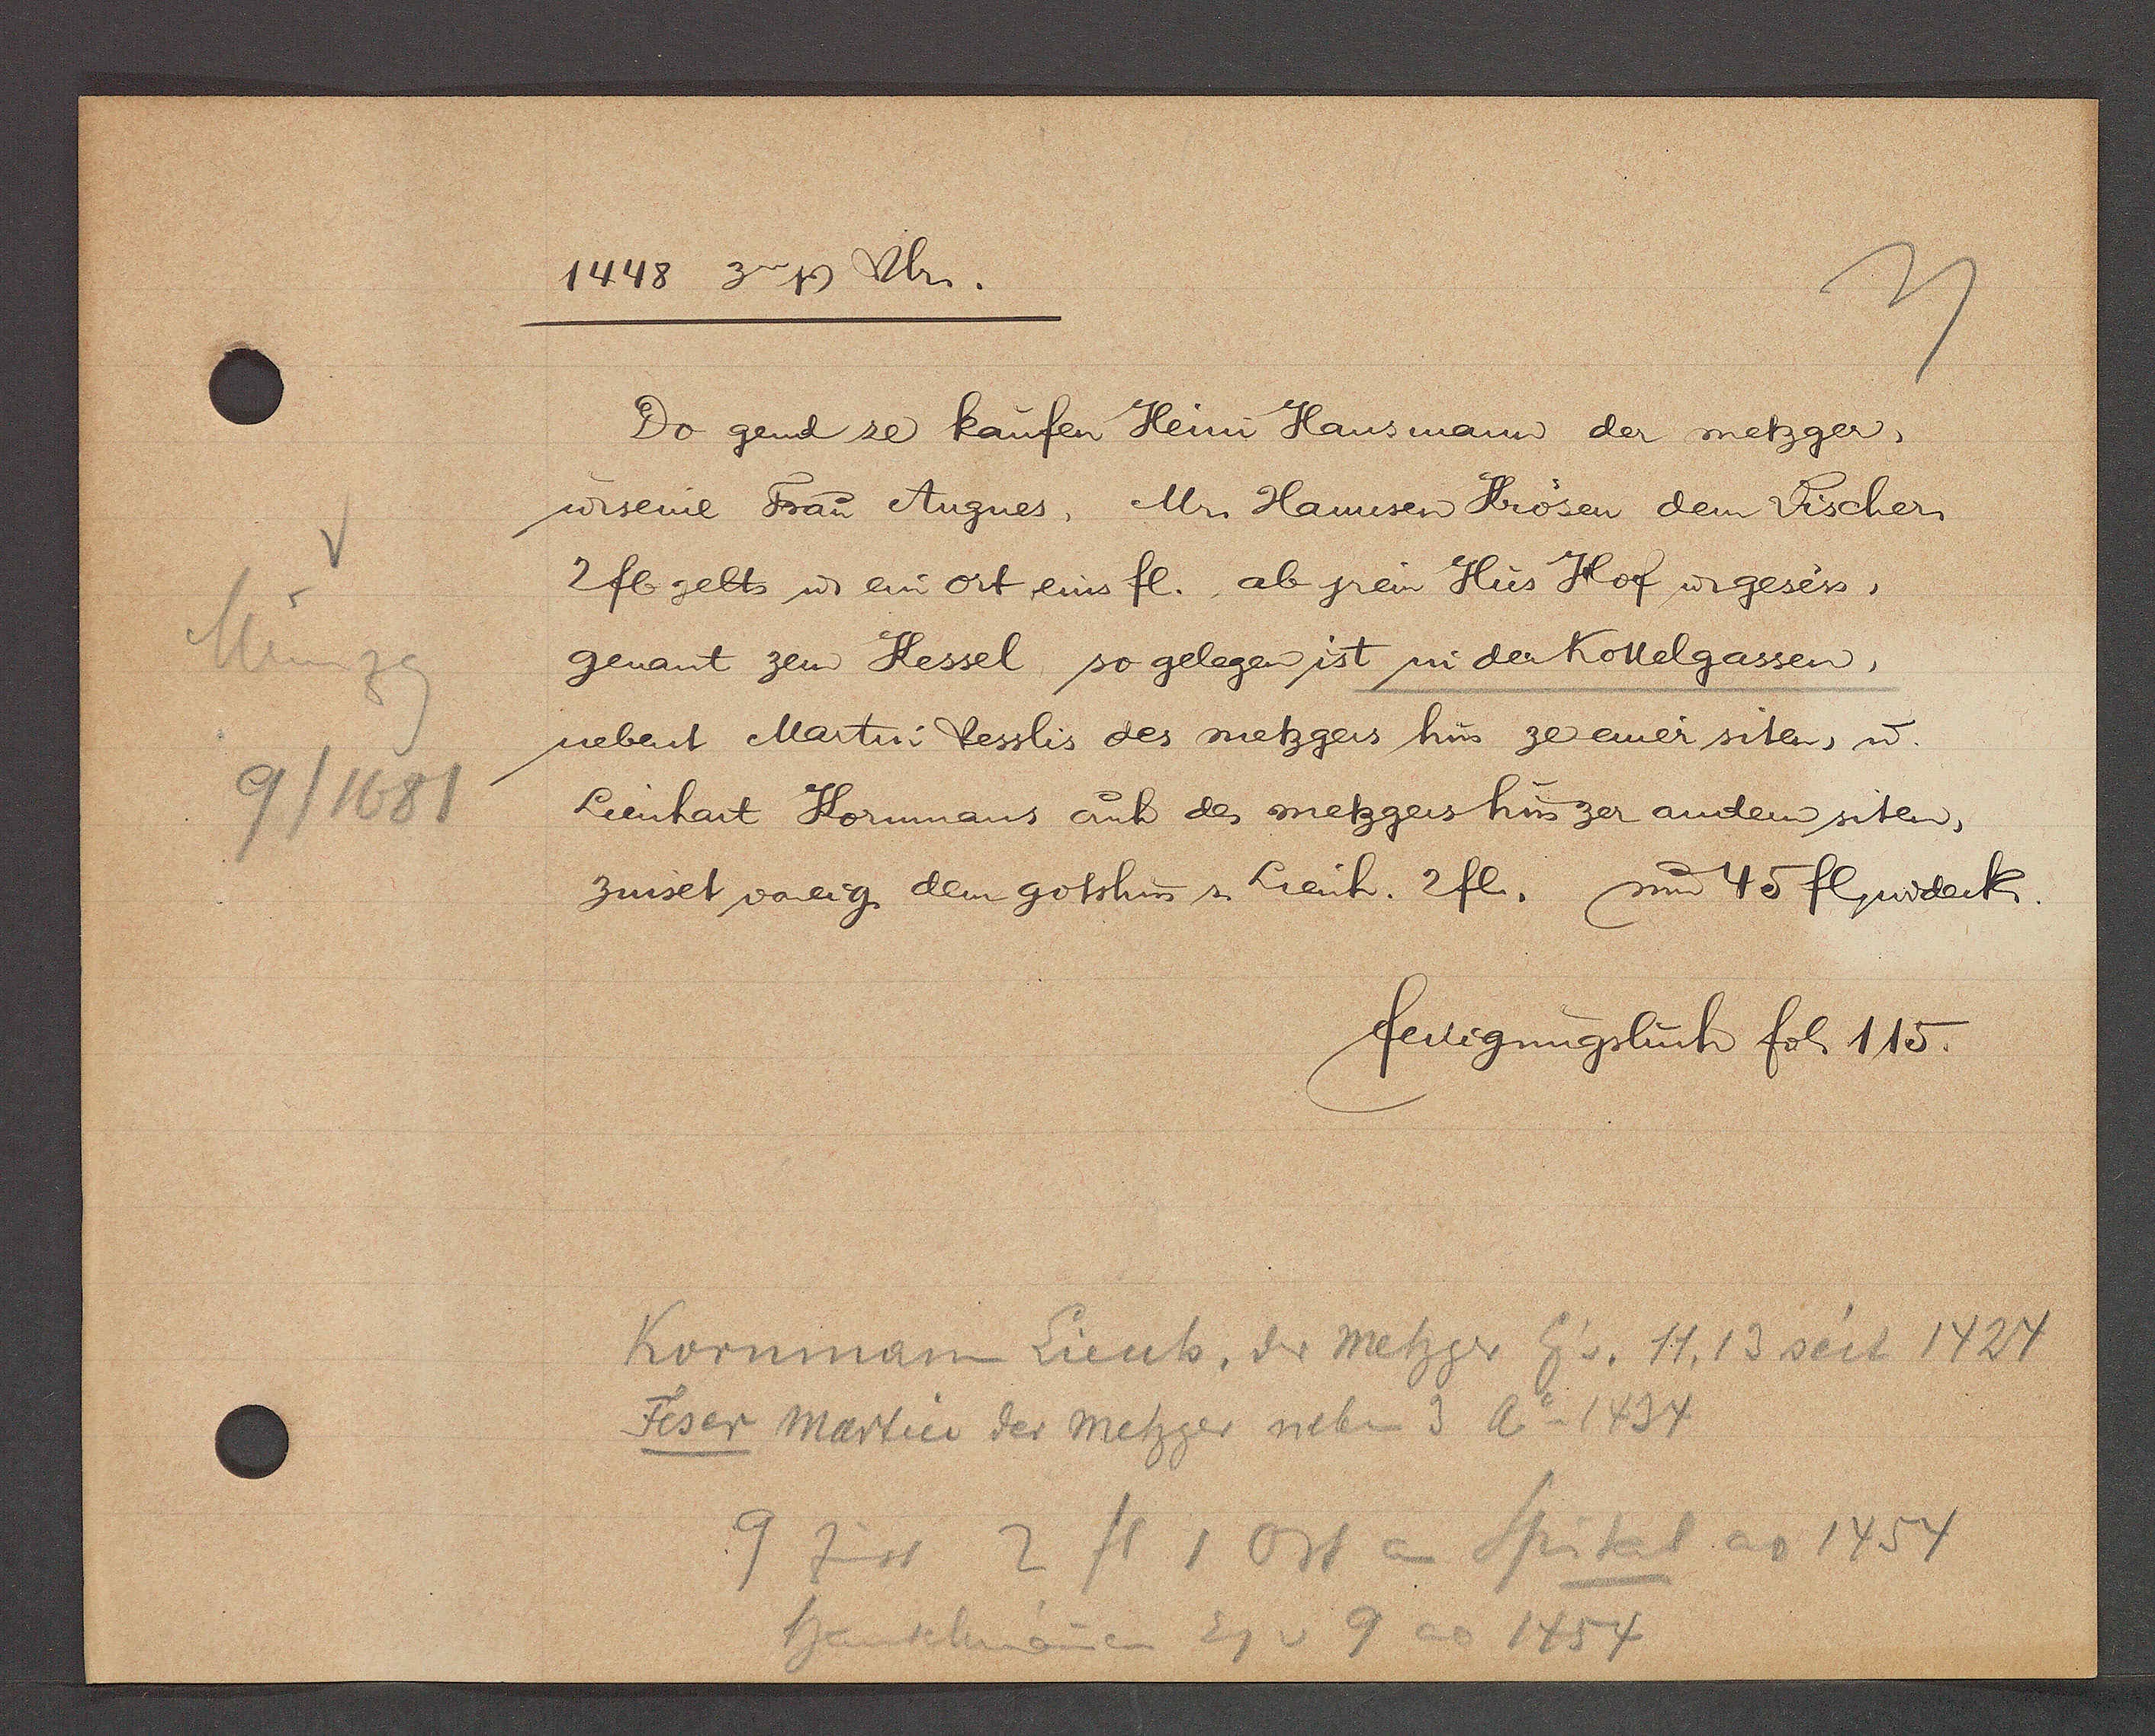
Transcript:
Münzg
9/1681

1448 3a Ƿ Ulr.

Do gend ze kaufen Heini Hausmann der metzger,
u. seine Frau Angnes, Mr. Hannsen Krösen dem Vischer
2 fl gelts u. ein ort eins fl. ab jrem Hus Hof ư gesess,
genant zem Kessel so gelegen ist in der Kottelgassen,
nebent Martin Vesslis des metzgers hus ze einer siten, u.
Lienhart Kornmans auch des metzgers hus zer andern siten,
zinset voneig. dem gotshus s. Lienh. 2 fl. um 45 fl widerk.

fertigungsbuch fol. 115.

Kornmann Lienh, der Metzger Eig v. 11, 13 seit 1424
Feser Martin der Metzger neben 3 Ao 1434
9 zinst 2 fl 1 Ort an Spital ao 1454
Hauschmanen Eg v 9 ao 1454